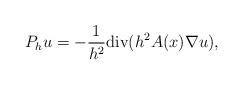
LaTeX: \begin{align*}P_h u=-\frac{1}{h^{2}}\mathrm{div}(h^2 A(x)\nabla u),\end{align*}